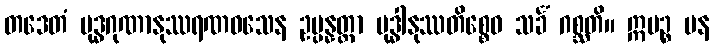
တဒေတံ ဗုဒ္ဓဂုဏာနုဿရဏဝသေန ဥပ္ပန္နတ္တာ ဗုဒ္ဓါနုဿတိစ္စေဝ သင်္ခံ ဂစ္ဆတိ။ ဣမဉ္စ ပန